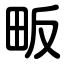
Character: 畈